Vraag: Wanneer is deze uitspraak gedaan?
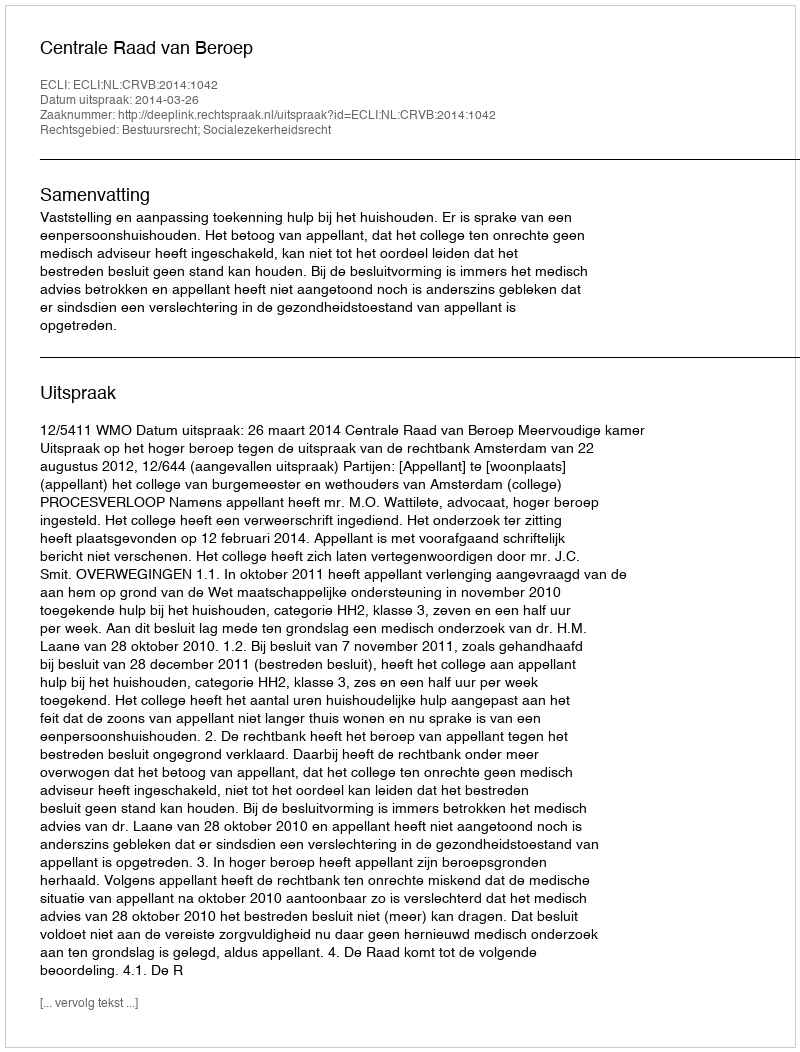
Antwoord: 2014-03-26